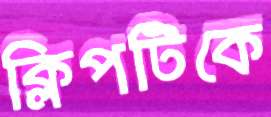
ক্লিপটিকে